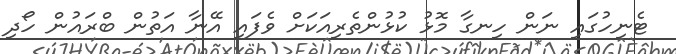
ޓެނިހުގައި ނަން ހިނގާ މޮޅު ކުޅުންތެރިއަކަށް ވެފައި އޭނާ އަތުން ބްރައުން ހޯދި